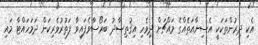
އެކި ދިރުންތަކަކީ އެސިނާއަތެއްގެ މައްޗަށް ދިވެހި އިޤުތިޞާދު ބަރޯސާވެފައިވާ ފަތުރުވެރިކަން ދަމަހައްޓާ މައި